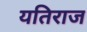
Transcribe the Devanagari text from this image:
यतिराज